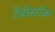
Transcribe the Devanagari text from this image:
टैवीस्टॉक